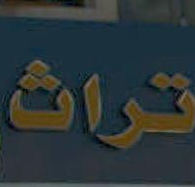
تراث